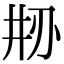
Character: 刱